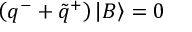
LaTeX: \left( q ^ { - } + \tilde { q } ^ { + } \right) \left| B \right\rangle = 0